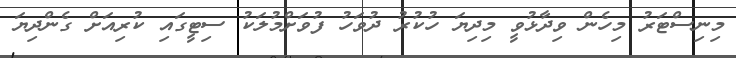
މިނިސްޓަރު މިހެން ވިދާޅުވީ މިދިޔަ ހުކުރު ދުވަހު ފުވަށްމުލަކު ސިޓީގައި ކުރިއަށް ގެންދިޔަ